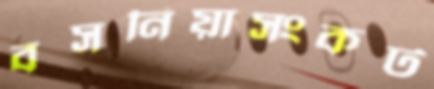
বসনিয়াসংকট